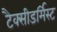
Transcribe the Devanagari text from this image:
टैक्सीडर्मिस्ट